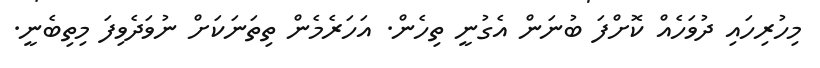
މިހުރިހައި ދުވަހެއް ކޮށްފަ ބުނަން އެގުނީ ތިހެން. އަހަރެމެން ތިތަނަކަށް ނުވަދެވިފަ މިތިބެނީ.